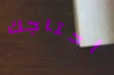
أحتاجك